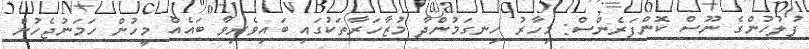
ފުލުހުންގެ ނޫސް ކޮންފަރެންސް: މިހާރު ހިނގަމުންދާ މުޒާހަރާތަކުގައި ބައިވެރިވާ ބައެއް މީހުން ހަމަނުޖެހުން